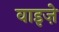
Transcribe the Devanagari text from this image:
वाइज़े